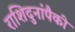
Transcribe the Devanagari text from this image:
राशिदुनांपैकी